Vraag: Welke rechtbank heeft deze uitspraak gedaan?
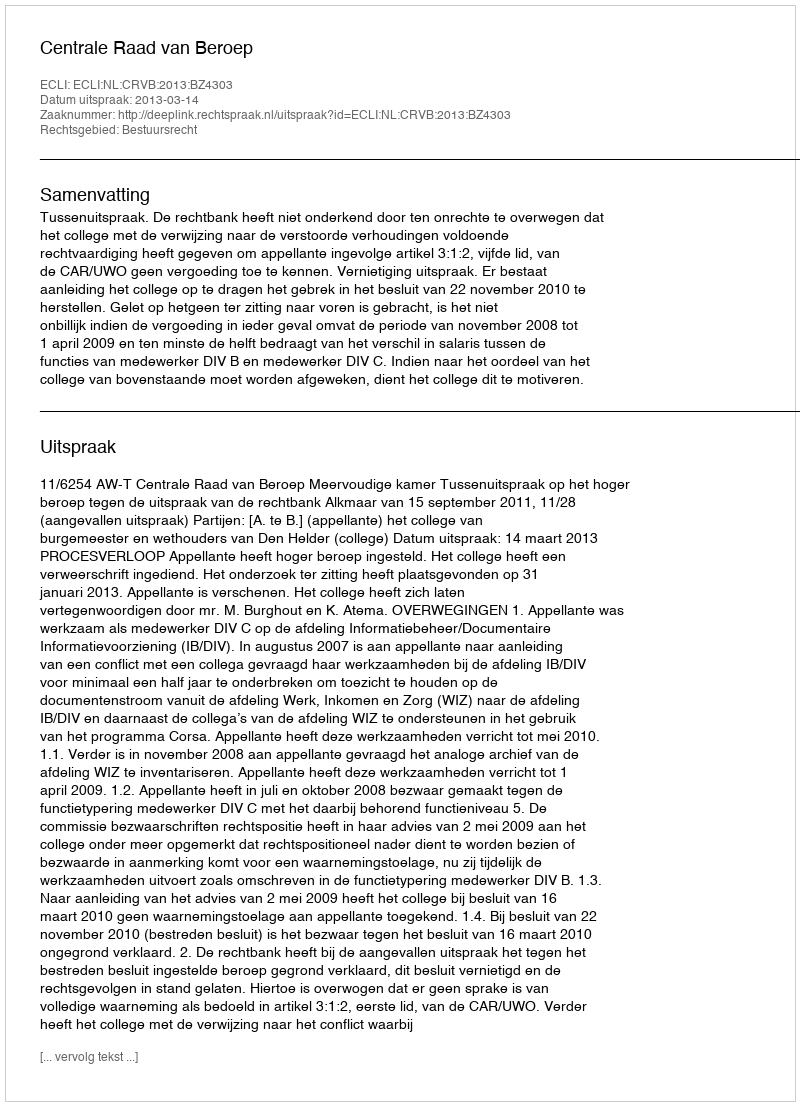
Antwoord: Centrale Raad van Beroep